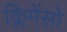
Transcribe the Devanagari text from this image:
क्लिमेंसो